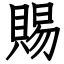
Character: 賜